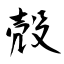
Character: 殻